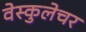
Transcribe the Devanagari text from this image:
वेस्कुलेचर